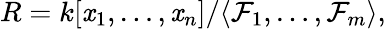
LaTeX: R=k[\mathit{x}_{1},\ldots,\mathit{x}_{n}]/\langle\mathcal{F}_{1},\ldots,\mathcal{F}_{m}\rangle,